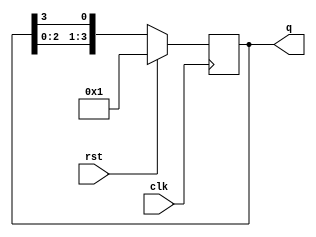
module ring_counter(clk,rst,q);
	input clk,rst;
	output [3:0]q;
	reg [3:0]q;
	always@(posedge clk)
	begin
		if(rst==1)
			q=1;
		else
			q={q[2:0],q[3]};
	end
endmodule